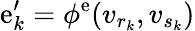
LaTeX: \mathrm{e}_{k}^{\prime}=\phi^{\mathrm{e}}(v_{r_{k}},v_{s_{k}})